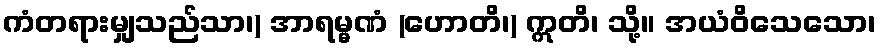
ကံတရားမျှသည်သာ၊) အာရမ္မဏံ (ဟောတိ၊) ဣတိ၊ သို့။ အယံဝိသေသော၊